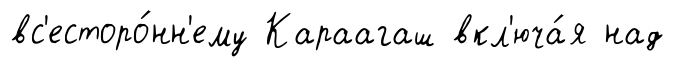
вс'есторо́нн'ему Караагаш вкл'юча́я над